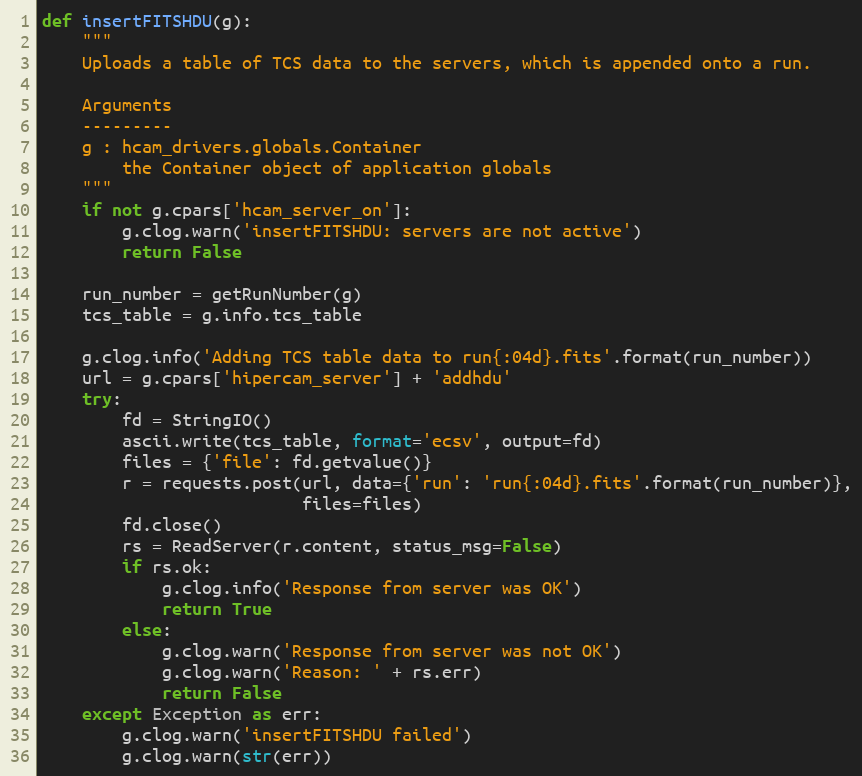
Language: Python
def insertFITSHDU(g):
    """
    Uploads a table of TCS data to the servers, which is appended onto a run.

    Arguments
    ---------
    g : hcam_drivers.globals.Container
        the Container object of application globals
    """
    if not g.cpars['hcam_server_on']:
        g.clog.warn('insertFITSHDU: servers are not active')
        return False

    run_number = getRunNumber(g)
    tcs_table = g.info.tcs_table

    g.clog.info('Adding TCS table data to run{:04d}.fits'.format(run_number))
    url = g.cpars['hipercam_server'] + 'addhdu'
    try:
        fd = StringIO()
        ascii.write(tcs_table, format='ecsv', output=fd)
        files = {'file': fd.getvalue()}
        r = requests.post(url, data={'run': 'run{:04d}.fits'.format(run_number)},
                          files=files)
        fd.close()
        rs = ReadServer(r.content, status_msg=False)
        if rs.ok:
            g.clog.info('Response from server was OK')
            return True
        else:
            g.clog.warn('Response from server was not OK')
            g.clog.warn('Reason: ' + rs.err)
            return False
    except Exception as err:
        g.clog.warn('insertFITSHDU failed')
        g.clog.warn(str(err))